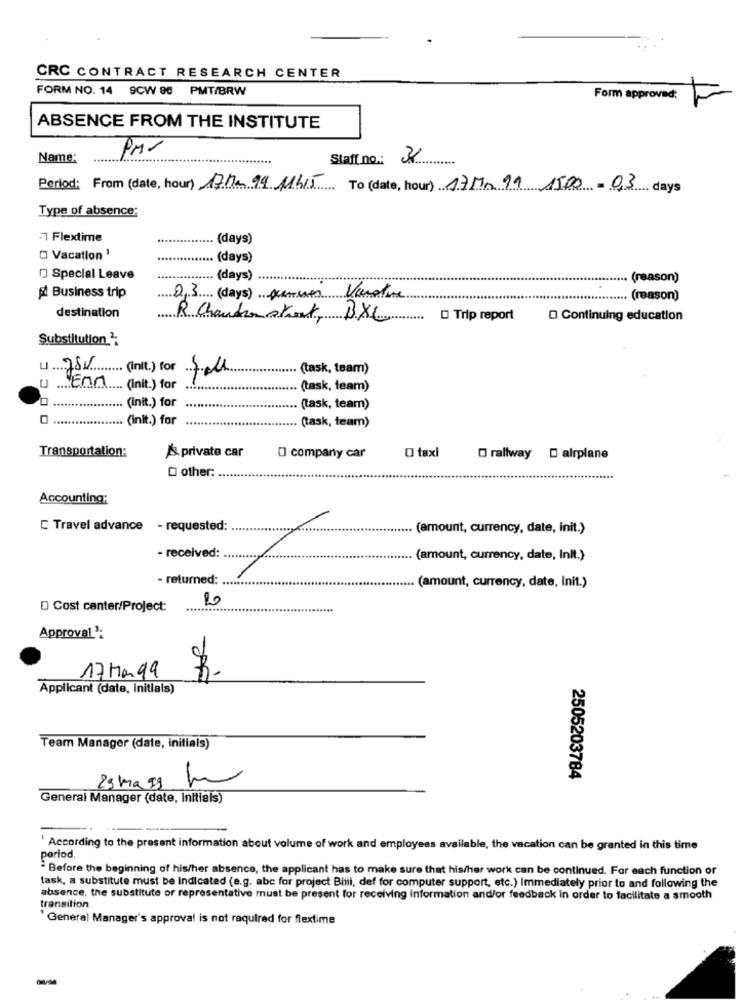
CRC CONTRACT RESEARCH CENTER
FORM NO. 14 9CW 90 PMT/BRW
Form approved:
ABSENCE FROM THE INSTITUTE
PM-
Name:
......
Staff no .: 8
Period: From (date, hour) 17ha 94 11415 To (date, hour) 17Mm 99 1500-0,3 days
Type of absence:
Flextime
.. (days)
O Vacation 1
..... (days)
D Special Leave
(days)
.. (reason)
fl Business trip
23 (days) penser Vacature
...... (reason)
destination
R Chaude straat, BXL
D Trip report
D Continuing education
Substitution
750 (nit.) for
(task, team)
u .... Enla .... (Init.) for
(task, team)
. (init.) for
(task, team)
. (init.) for
(task, team)
Transportation:
O taxi
/'s private car
O company car
O rallway D airplane
O other:
Accounting:
C Travel advance - requested:
(amount, currency, date, init.)
- received:
(amount, currency, date, Init.)
- returned:
(amount, currency, date, Init.)
20
O Cost canter/Project:
Approval':
17 Mah
Applicant (date, initials)
Team Manager (date, initials)
2505203784
29 ma 99
General Manager (date, Initials)
According to the present information about volume of work and employees available, the vacation can be granted in this time
period
` Before the beginning of his/her absence, the applicant has to make sure that his/her work can be continued. For each function or
task, a substitute must be indicated (e.g. abc for project Billi, def for computer support, etc.) Immediately prior to and following the
absence, the substitute or representative must be present for receiving information and/or feedback in order to facilitate a smooth
transition
' General Manager's approval is not required for flextime